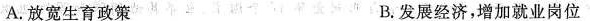
A.放宽生育政策 B.发展经济，增加就业岗位